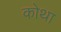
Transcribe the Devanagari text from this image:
कोथा